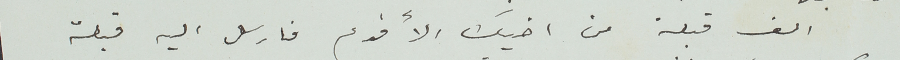
الف قبلة من اخيك الأقدم فارسل اليه قبلة